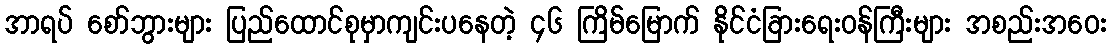
အာရပ် စော်ဘွားများ ပြည်ထောင်စုမှာကျင်းပနေတဲ့ ၄၆ ကြိမ်မြောက် နိုင်ငံခြားရေးဝန်ကြီးများ အစည်းအဝေး